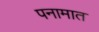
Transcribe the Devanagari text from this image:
पनामात